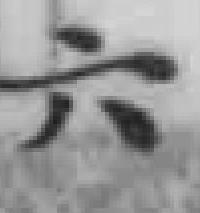
六